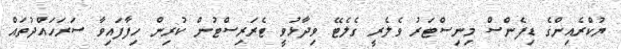
ޔުކްރެއިންގެ ޑިފެންސް މިނިސްޓަރު ވެލެރީ ގެެލެޓޭ ވިދާޅުވީ ޓެރަރިސްޓުން ކުރިން ހިފާފައިވާ ސަރަހައްދުތައް